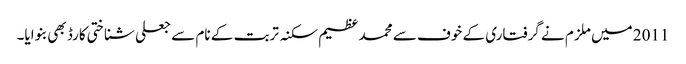
2011 میں ملزم نے گرفتاری کے خوف سے محمد عظیم سکنہ تربت کے نام سے جعلی شناختی کارڈ بھی بنوایا۔